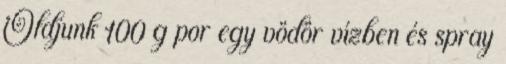
Oldjunk 100 g por egy vödör vízben és spray